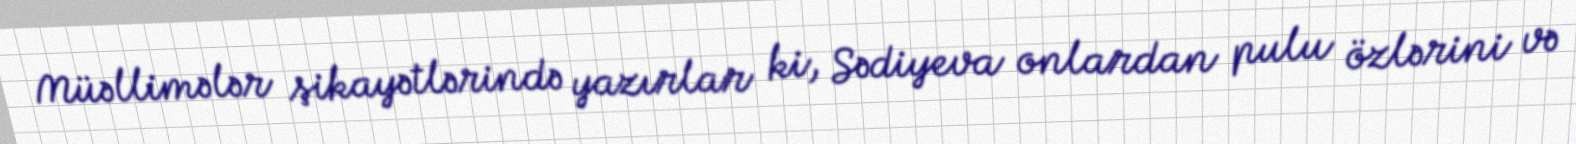
Müəllimələr şikayətlərində yazırlar ki, Sədiyeva onlardan pulu özlərini və